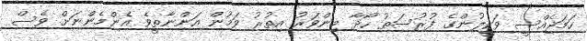
ހަމަޖެއްސީ ވަކީލުންގެ ފުރުސަތު ހޯދާ މިންވަރު އިތުރު ވަމުން އަންނާތީވެ އެންމެންނަށް ވެސް